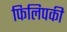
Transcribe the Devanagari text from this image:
फिलिपकी